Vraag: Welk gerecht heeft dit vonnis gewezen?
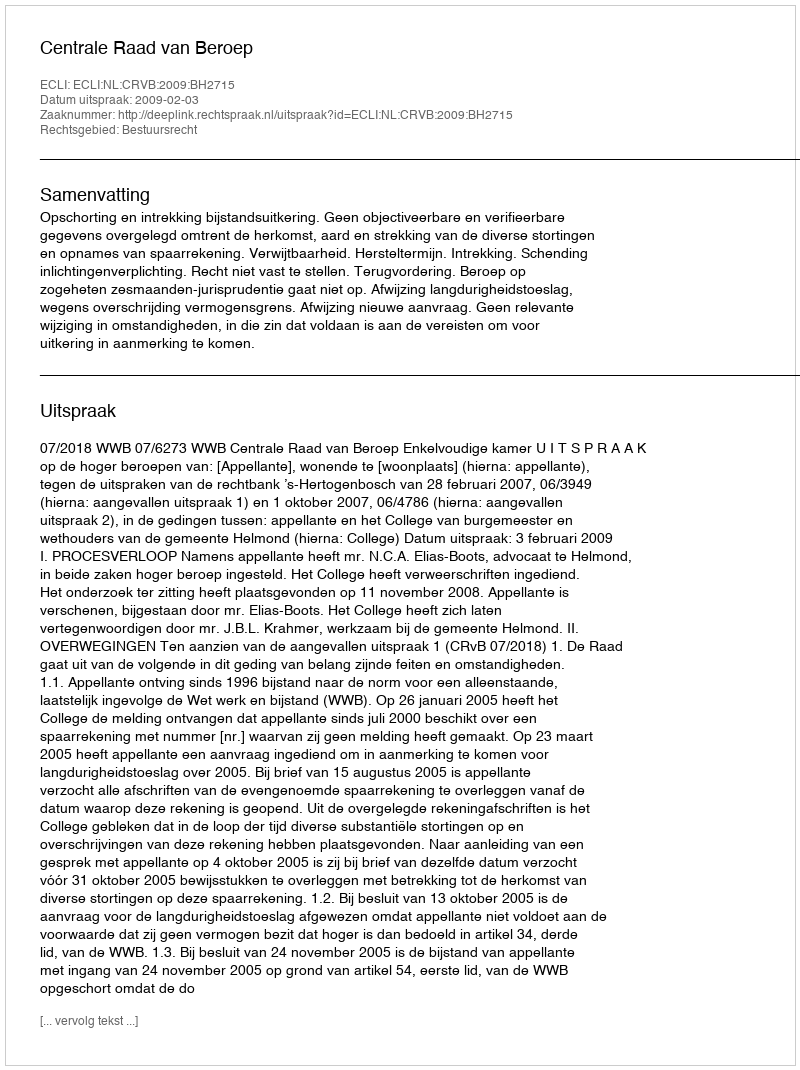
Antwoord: Centrale Raad van Beroep